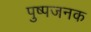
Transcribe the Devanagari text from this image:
पुष्पजनक